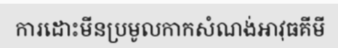
ការដោះមីនប្រមូលកាកសំណង់អាវុធគីមី